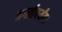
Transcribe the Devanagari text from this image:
जगतीपर्यंत।